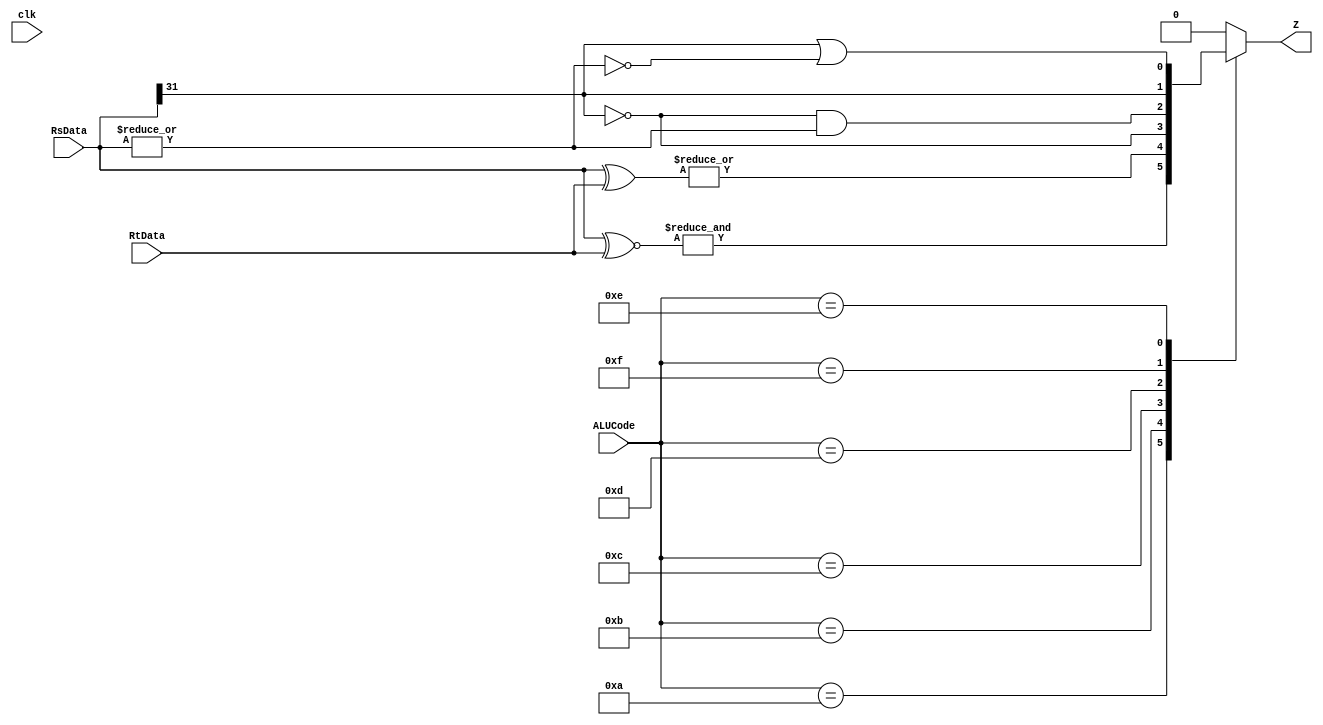
`timescale 1ns / 1ps
module Zero_test(
	RsData,
	RtData,
	ALUCode,
	Z,
	clk
	);
	parameter	 alu_beq=  5'b01010;
	parameter	 alu_bne=  5'b01011;
	parameter	 alu_bgez= 5'b01100;
	parameter	 alu_bgtz= 5'b01101;
	parameter	 alu_blez= 5'b01110;
	parameter	 alu_bltz= 5'b01111;
	input[31:0] RtData,RsData;
	input[4:0] ALUCode;
	input clk;
	output reg Z;
	always @(*)
	begin
		case(ALUCode)
			alu_beq : Z=&(RsData[31:0]~^RtData[31:0]);
			alu_bne : Z=|(RsData[31:0]^RtData[31:0]);
			alu_bgez: Z=~RsData[31];
			alu_bgtz: Z=~RsData[31]&&(|RsData[31:0]);
			alu_bltz: Z=RsData[31];
			alu_blez: Z=RsData[31]||~(|RsData[31:0]);
			default : Z=1'b0;
		endcase 	
	end 
endmodule